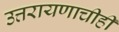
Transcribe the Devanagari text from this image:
उत्तरायणाचीही